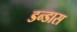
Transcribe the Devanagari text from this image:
डन्डास